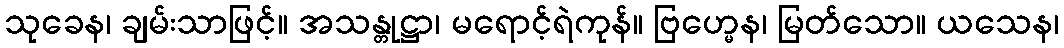
သုခေန၊ ချမ်းသာဖြင့်။ အသန္တုဋ္ဌာ၊ မရောင့်ရဲကုန်။ ဗြဟ္မေန၊ မြတ်သော။ ယသေန၊